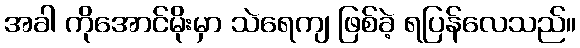
အခါ ကိုအောင်မိုးမှာ သဲရေကျ ဖြစ်ခဲ့ ရပြန်လေသည်။